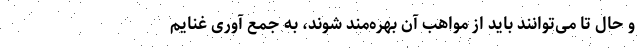
و حال تا می‌توانند باید از مواهب آن بهره‌مند شوند، به جمع آوری غنایم